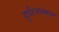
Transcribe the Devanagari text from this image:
दुर्घटनास्थान